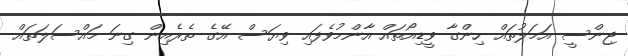
ޖިންސީ އަމަލުތައް ހިންގާ ވީޑިއޯތައް އާންމުވެފައި ވިޔަސް އޭގެ ތެރެއިން ގިނަ މައްސަލަތައް